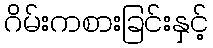
ဂိမ်းကစားခြင်းနှင့်